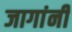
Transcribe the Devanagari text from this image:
जागांनी